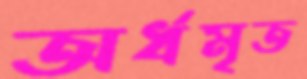
অর্ধমৃত